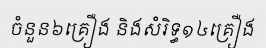
ចំនួន៦គ្រឿង និងសំរិទ្ធ១៤គ្រឿង